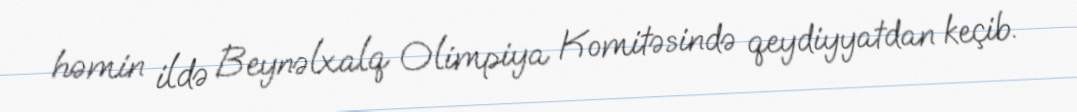
həmin ildə Beynəlxalq Olimpiya Komitəsində qeydiyyatdan keçib.